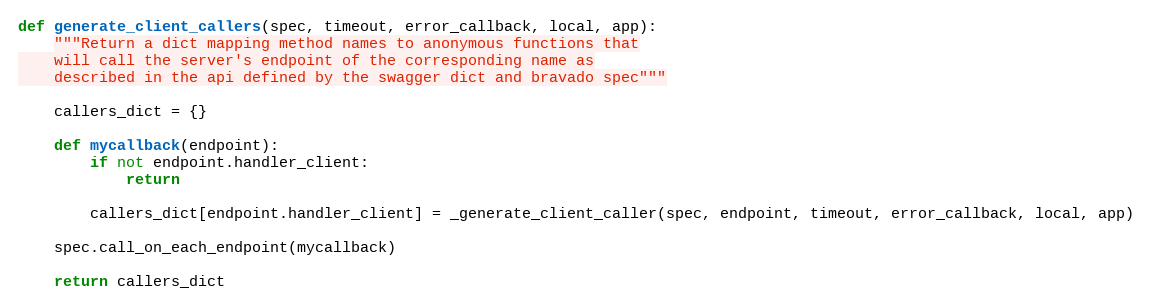
Language: Python
def generate_client_callers(spec, timeout, error_callback, local, app):
    """Return a dict mapping method names to anonymous functions that
    will call the server's endpoint of the corresponding name as
    described in the api defined by the swagger dict and bravado spec"""

    callers_dict = {}

    def mycallback(endpoint):
        if not endpoint.handler_client:
            return

        callers_dict[endpoint.handler_client] = _generate_client_caller(spec, endpoint, timeout, error_callback, local, app)

    spec.call_on_each_endpoint(mycallback)

    return callers_dict